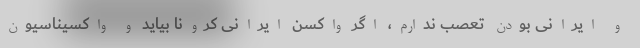
و ایرانی بودن تعصب ندارم، اگر واکسن ایرانی کرونا بیاید و واکسیناسیون